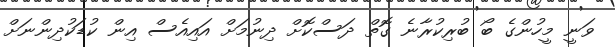
ވަނީ މީހުންގެ ބޯ ބުރިކުރާނެ ގޮތް ދަސްކޮށް ދިނުމަށް އައިއެސް އިން ކުޑަކުދިންނަށް